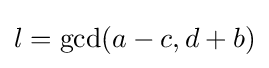
l=\operatorname {gcd} (a-c,d+b)